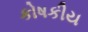
કોષકીય